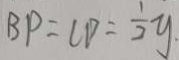
B P = C D = \frac { 1 } { 2 } y